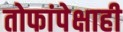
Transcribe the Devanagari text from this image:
तोफांपेक्षाही